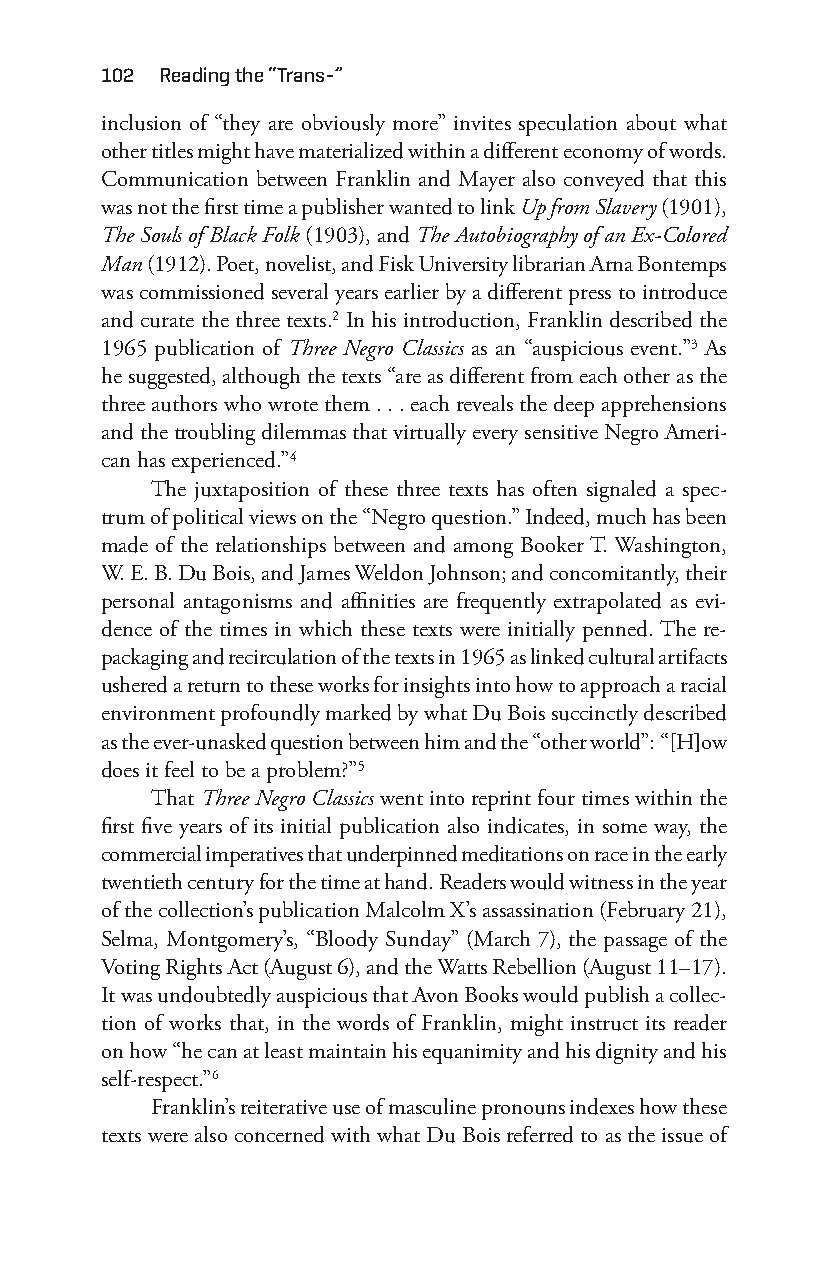
102 reading the “trans-”
 inclusion of “they are obviously more” invites speculation about what
 other titles might have materialized within a different economy of words.
 Communication between Franklin and Mayer also conveyed that this
 was not the first time a publisher wanted to link Up from Slavery (1901),
 The Souls of Black Folk (1903), and The Autobiography of an Ex-C olored
 Man (1912). Poet, novelist, and Fisk University librarian Arna Bontemps
 was commissioned several years earlier by a different press to introduce
 and curate the three texts.2 In his introduction, Franklin described the
 1965 publication of Three Negro Classics as an “auspicious event.”3 As
 he suggested, although the texts “are as different from each other as the
 three authors who wrote them . . . each reveals the deep apprehensions
 and the troubling dilemmas that virtually every sensitive Negro Ameri-
 can has experienced.”4
 The juxtaposition of these three texts has often signaled a spec-
 trum of political views on the “Negro question.” Indeed, much has been
 made of the relationships between and among Booker T. Washington,
 W. E. B. Du Bois, and James Weldon Johnson; and concomitantly, their
 personal antagonisms and affinities are frequently extrapolated as evi-
 dence of the times in which these texts were initially penned. The re-
 packaging and recirculation of the texts in 1965 as linked cultural artifacts
 ushered a return to these works for insights into how to approach a racial
 environment profoundly marked by what Du Bois succinctly described
 as the ever- unasked question between him and the “other world”: “[H]ow
 does it feel to be a problem?”5
 That Three Negro Classics went into reprint four times within the
 first five years of its initial publication also indicates, in some way, the
 commercial imperatives that underpinned meditations on race in the early
 twentieth century for the time at hand. Readers would witness in the year
 of the collection’s publication Malcolm X’s assassination (February 21),
 Selma, Montgomery’s, “Bloody Sunday” (March 7), the passage of the
 Voting Rights Act (August 6), and the Watts Rebellion (August 11– 17).
 It was undoubtedly auspicious that Avon Books would publish a collec-
 tion of works that, in the words of Franklin, might instruct its reader
 on how “he can at least maintain his equanimity and his dignity and his
 self- respect.”6
 Franklin’s reiterative use of masculine pronouns indexes how these
 texts were also concerned with what Du Bois referred to as the issue of
 Snorton.indd 102                            29/09/2017 8:41:03 AM